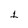
Character: 1